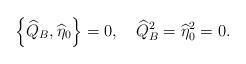
LaTeX: \begin{align*}\left\{\widehat{Q}_B,\widehat{\eta}_0\right\}=0,\quad \widehat{Q}_B^2=\widehat{\eta}_0^2=0.\end{align*}